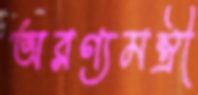
অরণ্যমন্ত্রী